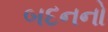
બદનનો